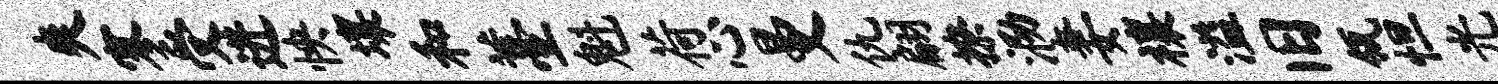
爽寥受进怏壤和薹魁荷心曼仇翩撩泐妻禳溢旧瓴怛光